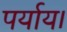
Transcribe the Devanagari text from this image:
पर्याय।